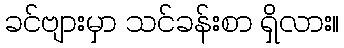
ခင်ဗျားမှာ သင်ခန်းစာ ရှိလား။